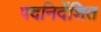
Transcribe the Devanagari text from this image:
पदनिर्देशित